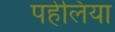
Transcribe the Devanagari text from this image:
पहेलिया